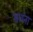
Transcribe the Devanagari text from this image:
सघना